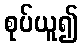
စုပ်ယူ၍